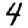
Digit: 4